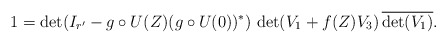
\begin{align*}1 = \det(I_{r'} - g\circ U(Z) (g\circ U(0))^*)\, \det(V_1 + f(Z)V_3)\, \overline{\det(V_1)}.\end{align*}